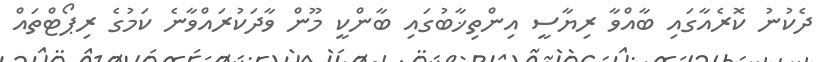
ދެކުނު ކޮރެއާގައި ބާއްވާ ރިޔާސީ އިންތިޚާބުގައި ބާންކީ މޫން ވާދަކުރައްވާނެ ކަމުގެ ރިޕޯޓްތައް